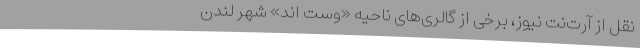
نقل از آرت‌نت نیوز،‌ برخی از گالری‌های ناحیه «‌وست اند»‌ شهر لندن